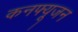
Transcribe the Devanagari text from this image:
कनफ्यूजन